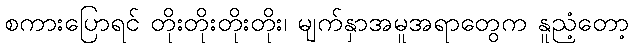
စကားပြောရင် တိုးတိုးတိုးတိုး၊ မျက်နှာအမူအရာတွေက နူညံ့တော့